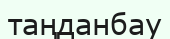
таңданбау